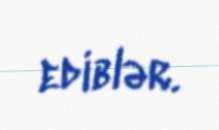
ediblər.